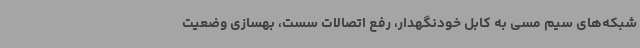
شبکه‌های سیم مسی به کابل خودنگهدار، رفع اتصالات سست، بهسازی وضعیت